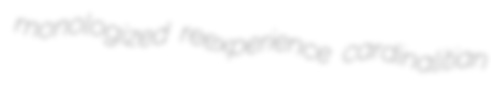
monologized reexperience cardinalitian